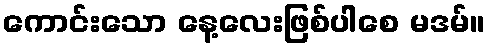
ကောင်းသော နေ့လေးဖြစ်ပါစေ မဒမ်။